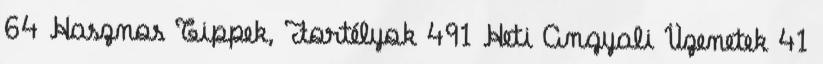
64 Hasznos Tippek, Fortélyok 491 Heti Angyali Üzenetek 41